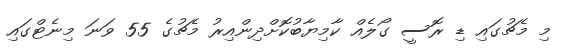
މި މެޗުގައި ޑި ރޮސީ ގޯލެއް ކާމިޔާބުކޮށްދިންއިރު މެޗުގެ 55 ވަނަ މިނެޓްގައި